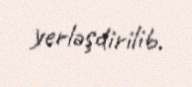
yerləşdirilib.